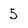
Character: 5